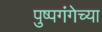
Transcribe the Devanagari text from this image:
पुष्पगंगेच्या